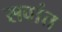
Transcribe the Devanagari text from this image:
सवांत